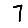
Digit: 7